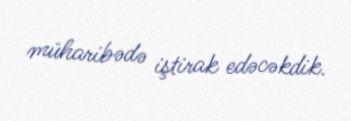
müharibədə iştirak edəcəkdik.